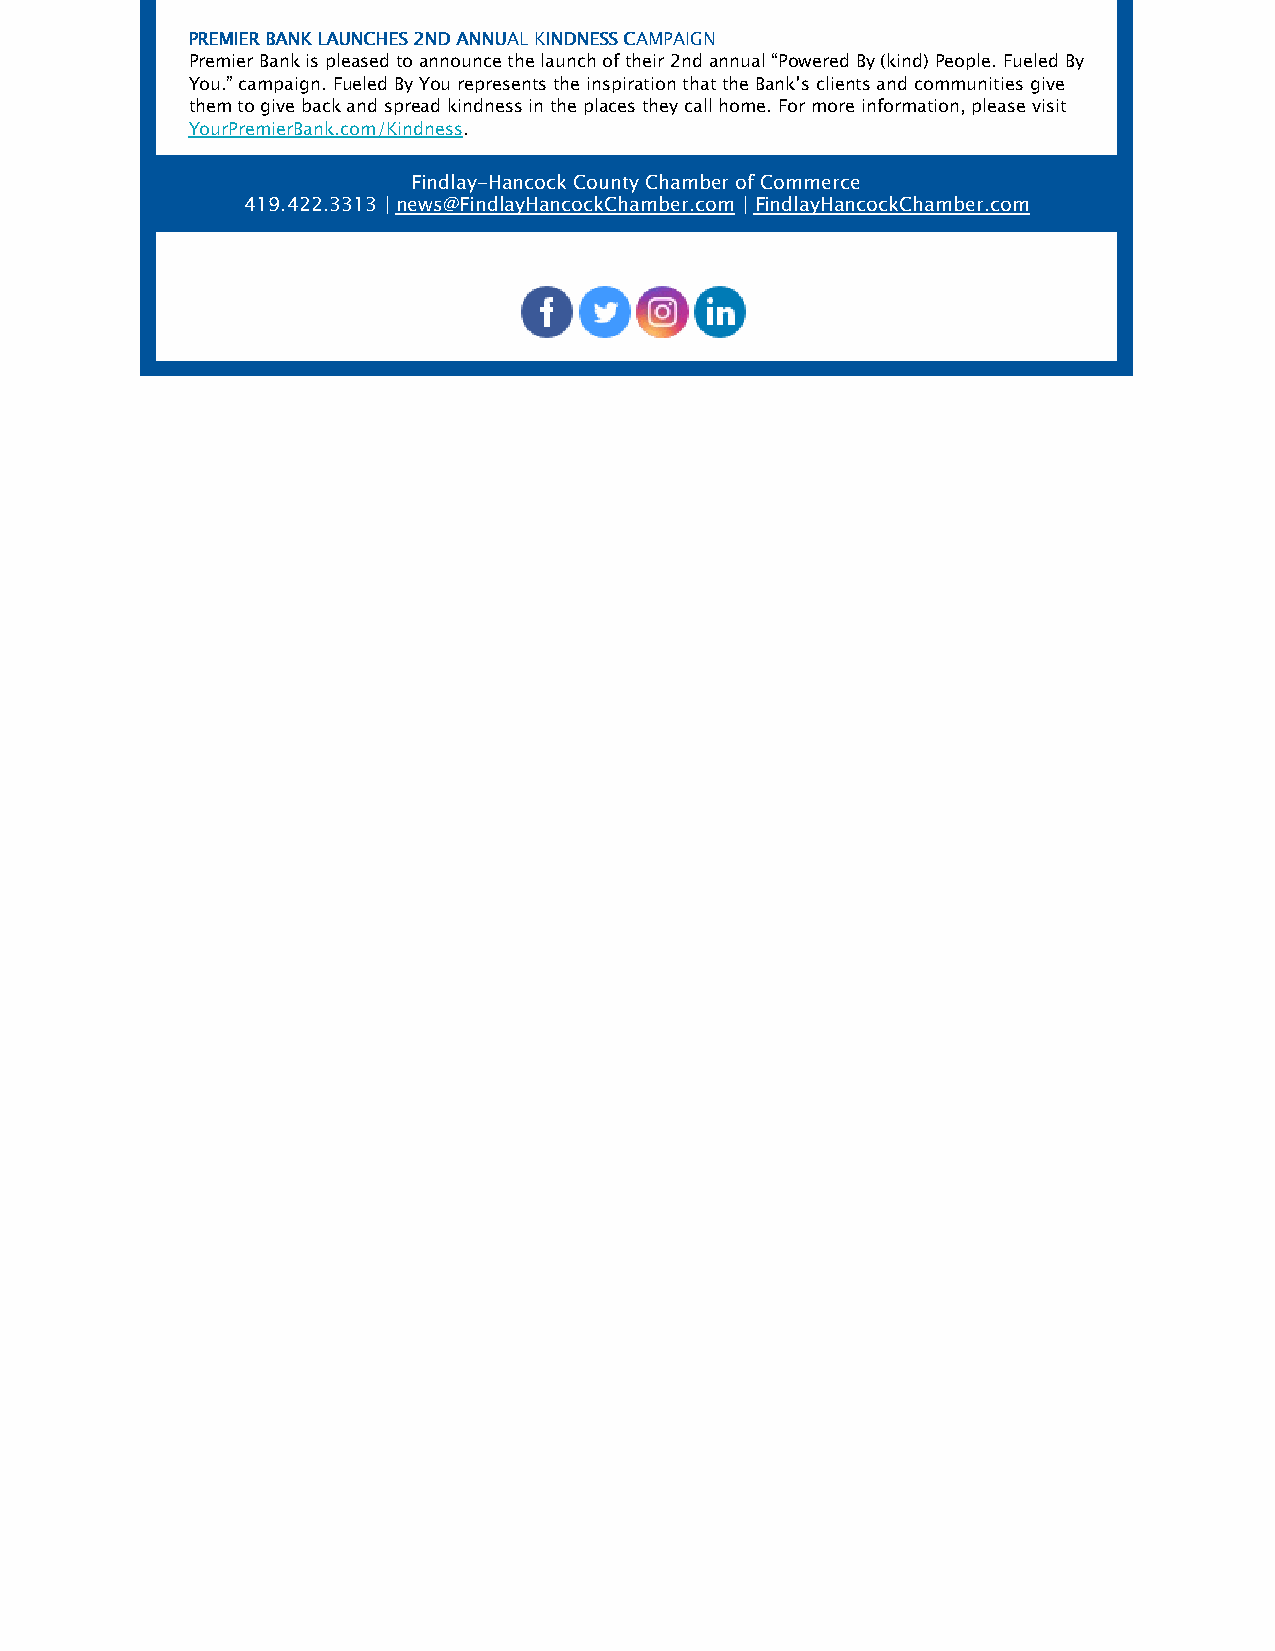
PPRREEMMIIEERR BBAANNKK LLAAUUNNCCHHEESS 22NNDD AANNNNUUAALL KKIINNDDNNEESSSS CCAAMMPPAAIIGGNN
 Premier Bank is pleased to announce the launch of their 2nd annual “Powered By (kind) People. Fueled By
 You.” campaign. Fueled By You represents the inspiration that the Bank’s clients and communities give
 them to give back and spread kindness in the places they call home. For more information, please visit
 YourPremierBank.com/Kindness.
 Findlay-Hancock County Chamber of Commerce
 419.422.3313 | news@FindlayHancockChamber.com | FindlayHancockChamber.com
 ​   ​   ​   ​